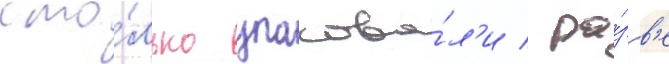
сто́лько упакова́л'и / ра́зв'е